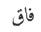
فاق